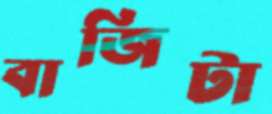
বাজিটা